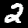
Label: 2